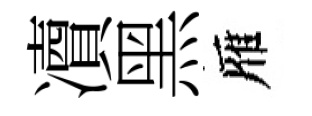
凟黑雁